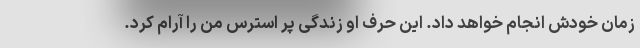
زمان خودش انجام خواهد داد. این حرف او زندگی پر استرس من را آرام کرد.